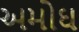
અમોઘ